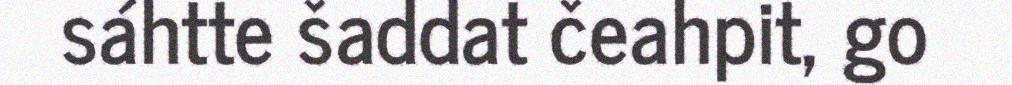
sáhtte šaddat čeahpit, go